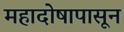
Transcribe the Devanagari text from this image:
महादोषापासून